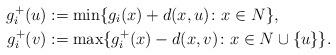
LaTeX: \begin{align*} g^{+}_i(u)&:=\min\{g_i(x) +d(x,u)\colon x\in N\},\\ g^{+}_i(v)&:=\max\{g^{+}_i(x) -d(x,v)\colon x\in N\cup\{u\}\}.\end{align*}